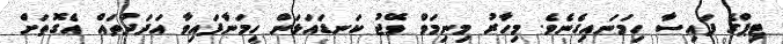
ޓިޕްގެ ފައިސާ ހިމަނައިގެނެވެ. މިހާރު މިނިމަވް ވޭޖު ކަނޑައަޅަން ހިމަނާފައިވާ އަދަދުތައް އެގޮތަށް